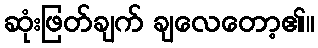
ဆုံးဖြတ်ချက် ချလေတော့၏။